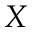
X